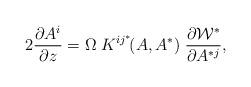
LaTeX: \begin{align*}2 {\partial A^i \over \partial z} = \Omega \; K^{i j^*} \! (A, A^*) \; \frac{\partial {\cal W}^*}{ \partial A^{*j}}, \end{align*}